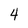
Character: 4